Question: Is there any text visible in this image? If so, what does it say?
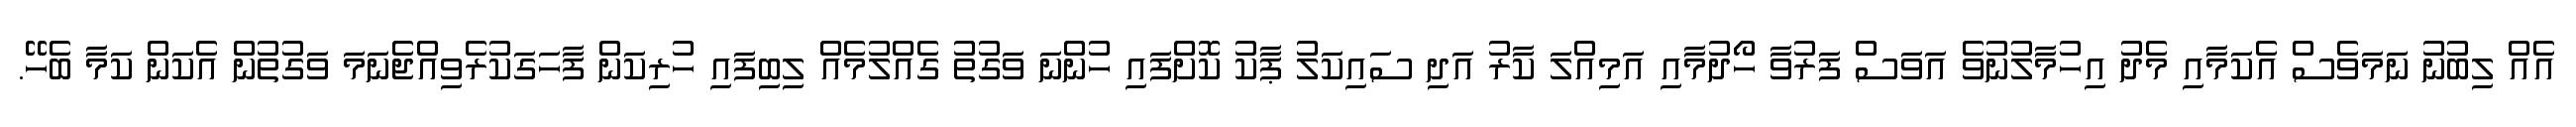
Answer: އެއް ލިބުނު ނަމަވެސް އެކަމާއި މެދު އިހުމާލުނުވެ އަވަސް ފަރުވާ ހޯދުމާއި އަމިއްލަ ކާރު އަދި ސައިކަލު ޕާކު ކޮށްފައި ހުންނަ ވަގުތު ގެއްލުމެއް ލިބިފައި ހުރިކަން ފާހަގަކުރެވިއްޖެނަމަ ވަގުތުން އެކަން ކަމާ ބެހޭ.